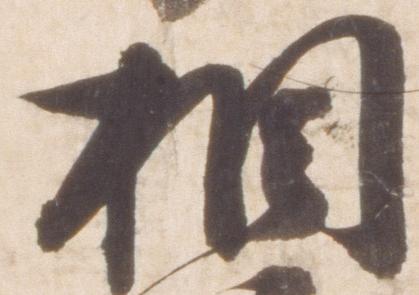
相